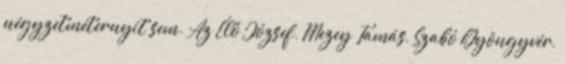
négyzetméternyit sem. Az Élő József, Mezey Tamás, Szabó Gyöngyvér,